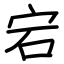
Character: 宕